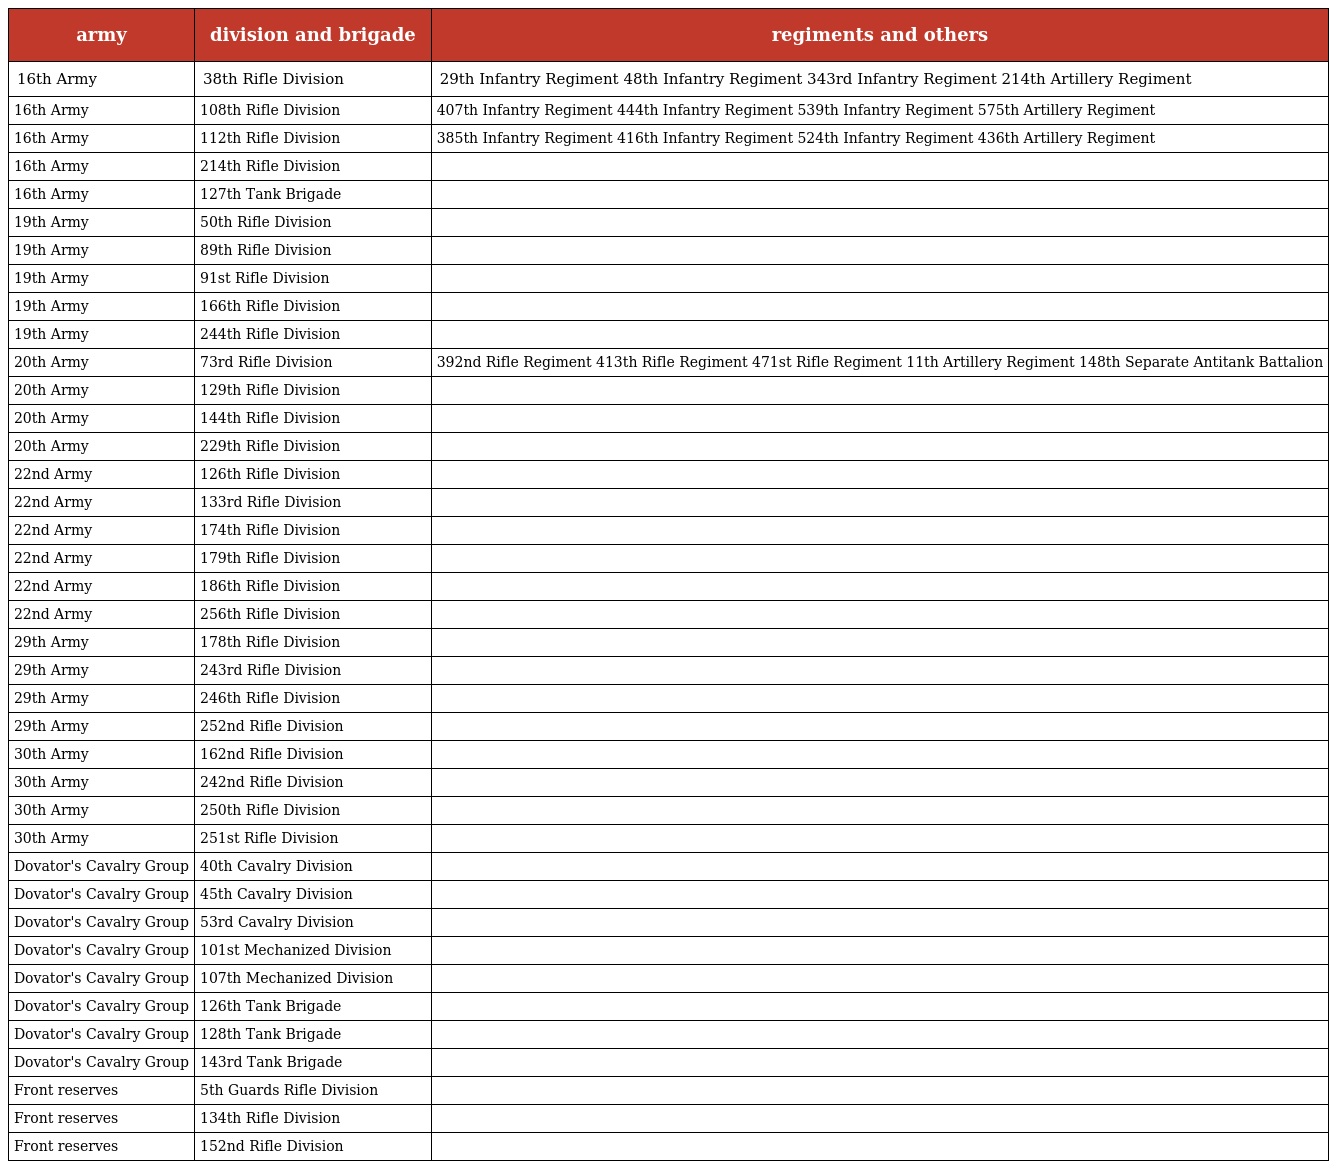
| army | division and brigade | regiments and others |
 | --- | --- | --- |
 | 16th Army | 38th Rifle Division | 29th Infantry Regiment 48th Infantry Regiment 343rd Infantry Regiment 214th Artillery Regiment |
 | 16th Army | 108th Rifle Division | 407th Infantry Regiment 444th Infantry Regiment 539th Infantry Regiment 575th Artillery Regiment |
 | 16th Army | 112th Rifle Division | 385th Infantry Regiment 416th Infantry Regiment 524th Infantry Regiment 436th Artillery Regiment |
 | 16th Army | 214th Rifle Division |  |
 | 16th Army | 127th Tank Brigade |  |
 | 19th Army | 50th Rifle Division |  |
 | 19th Army | 89th Rifle Division |  |
 | 19th Army | 91st Rifle Division |  |
 | 19th Army | 166th Rifle Division |  |
 | 19th Army | 244th Rifle Division |  |
 | 20th Army | 73rd Rifle Division | 392nd Rifle Regiment 413th Rifle Regiment 471st Rifle Regiment 11th Artillery Regiment 148th Separate Antitank Battalion |
 | 20th Army | 129th Rifle Division |  |
 | 20th Army | 144th Rifle Division |  |
 | 20th Army | 229th Rifle Division |  |
 | 22nd Army | 126th Rifle Division |  |
 | 22nd Army | 133rd Rifle Division |  |
 | 22nd Army | 174th Rifle Division |  |
 | 22nd Army | 179th Rifle Division |  |
 | 22nd Army | 186th Rifle Division |  |
 | 22nd Army | 256th Rifle Division |  |
 | 29th Army | 178th Rifle Division |  |
 | 29th Army | 243rd Rifle Division |  |
 | 29th Army | 246th Rifle Division |  |
 | 29th Army | 252nd Rifle Division |  |
 | 30th Army | 162nd Rifle Division |  |
 | 30th Army | 242nd Rifle Division |  |
 | 30th Army | 250th Rifle Division |  |
 | 30th Army | 251st Rifle Division |  |
 | Dovator's Cavalry Group | 40th Cavalry Division |  |
 | Dovator's Cavalry Group | 45th Cavalry Division |  |
 | Dovator's Cavalry Group | 53rd Cavalry Division |  |
 | Dovator's Cavalry Group | 101st Mechanized Division |  |
 | Dovator's Cavalry Group | 107th Mechanized Division |  |
 | Dovator's Cavalry Group | 126th Tank Brigade |  |
 | Dovator's Cavalry Group | 128th Tank Brigade |  |
 | Dovator's Cavalry Group | 143rd Tank Brigade |  |
 | Front reserves | 5th Guards Rifle Division |  |
 | Front reserves | 134th Rifle Division |  |
 | Front reserves | 152nd Rifle Division |  |